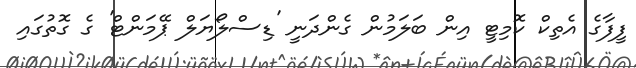
ފީފާގެ އެތިކް ކޮމިޓީ އިން ބަލަމުން ގެންދަނީ 'ޑިސްލޯޔަލް ޕޭމަންޓް' ގެ ގޮތުގައި